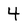
Character: 4